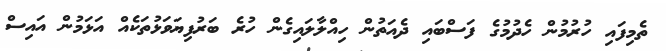
ތެމިފައި ހުރުމުން ހެދުމުގެ ފަސްބައި ދެއަތުން ހިއްލާލައިގެން ހުރެ ބަރުފިޔަވަޅުތަކެއް އަޅަމުން އައިސް